Supplement to the account of plague administration in the Bombay Presidency from September 1896 till May 1897
Year: 1896
Disease focus: Plague
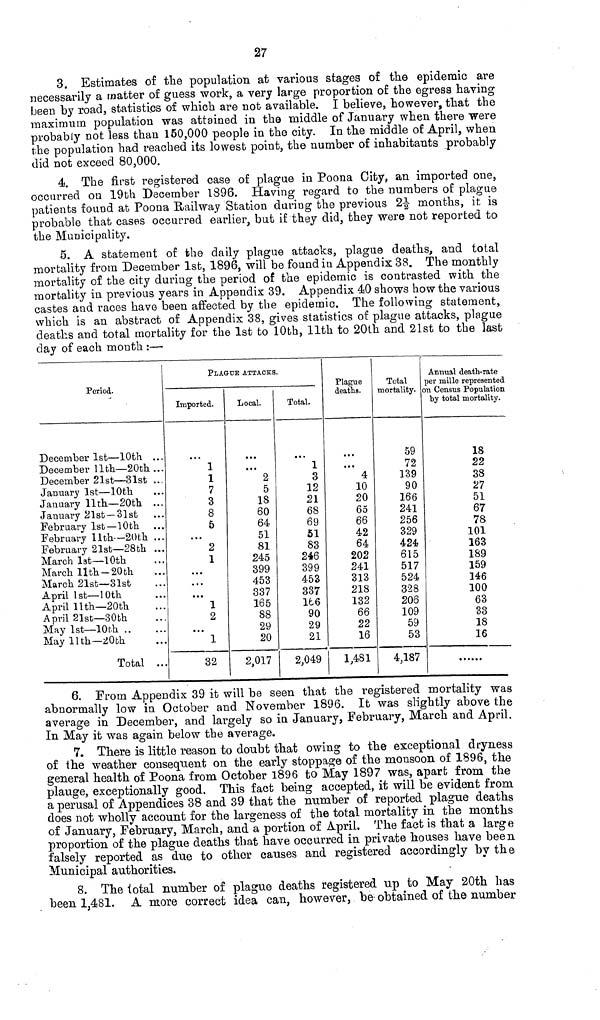
27
3. Estimates of the population at various stages of the epidemic are
necessarily a matter of guess work, a very large proportion of the egresa having
been by road, statistics of which are not available. I believe, however, that the
maximum population was attained in the middle of January when there were
probably not less than 160,000 people in the city. In the middle of April, when
the population had reached its lowest point, the number of inhabitants probably
did not exceed 80,000.
4. The first registered case of plague in Poona City, an imported one,
occurred on 19th December 1896. Having regard to the numbers of plague
patients found at Poona Railway Station during the previous 2½ months, it is
probable that cases occurred earlier, but if they did, they were not reported to
the Municipality.
5. A statement of the daily plague attacks, plague deaths, and total
mortality from December 1st, 1896, will be found in Appendix 38. The monthly
mortality of the city during the period of the epidemic is contrasted with the
mortality in previous years in Appendix 39. Appendix 40 shows how the various
castes and races have been affected by the epidemic. The following statement,
which is an abstract of Appendix 38, gives statistics of plague attacks, plague
deaths and total mortality for the 1st to 10th, 11th to 20th and 21st to the last
day of each mouth :—
Period.
December 1st — 10th ...
December 11th— 20th ...
December 21st — 31st ...
January 1st — 10th ...
January 11th — 20th ...
January 21st — 31st ...
February 1st— 10th ...
February 11th— 20th ...
February 21st— 28th ...
March 1st— 10th ...
March 11th — 20th ...
March 21st— 31st ...
April 1st— 10th ...
April 11th— 20th ...
April 21st— 30th ...
May 1st— 10th .. ...
May 11th— 20th ...
Total ...
PLAGUE ATTACKS.
Imported.
1
1
7
3
8
5
...
2
1
...
...
...
1
2
...
1
32
Local.
...
2
5
18
60
64
51
81
245
399
453
337
165
88
29
20
2,017
Total.
1
3
12
21
68
69
51
83
246
399
453
337
166
90
29
21
2,049
Plague
deaths.
...
4
10
20
65
66
42
64
202
241
313
218
132
66
22
16
1,481
Total
mortality.
59
72
139
90
166
241
256
329
424
615
517
524
328
206
109
59
53
4,187
Annual death-rate
per mille represented
on Census Population
by total mortality.
18
22
38
27
51
67
78
101
163
189
159
146
100
63
33
18
16
6. From Appendix 39 it will be seen that the registered mortality was
abnormally low in October and November 1896. It was slightly above the
average in December, and largely so in January, February, March and April.
In May it was again below the average.
7. There is little reason to doubt that owing to the exceptional dryness
of the weather consequent on the early stoppage of the monsoon of 1896, the
general health of Poona from October 1896 to May 1897 was, apart from the
plauge, exceptionally good. This fact being accepted, it will be evident from
a perusal of Appendices 38 and 39 that the number of reported plague deaths
does not wholly account for the largeness of the total mortality in the months
of January, February, March, and a portion of April. The fact is that a large
proportion of the plague deaths that have occurred in private houses have been
falsely reported as due to other causes and registered accordingly by the
Municipal authorities.
8. The total number of plague deaths registered up to May 20th has
been 1,481. A more correct idea can, however, be obtained of the number